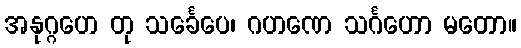
အနုဂ္ဂဟေ တု သင်္ခေပေ၊ ဂဟဏေ သင်္ဂဟော မတော။